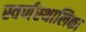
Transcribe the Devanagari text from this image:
स्वर्णस्थालिका